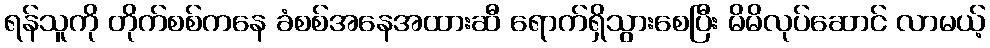
ရန်သူကို တိုက်စစ်ကနေ ခံစစ်အနေအထားဆီ ရောက်ရှိသွားစေပြီး မိမိလုပ်ဆောင် လာမယ့်